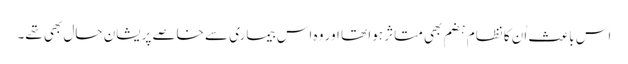
اس باعث اُن کا نظام ہضم بھی متاثر ہوا تھا اور وہ اس بیماری سے خاصے پریشان حال بھی تھے۔